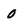
Character: 0